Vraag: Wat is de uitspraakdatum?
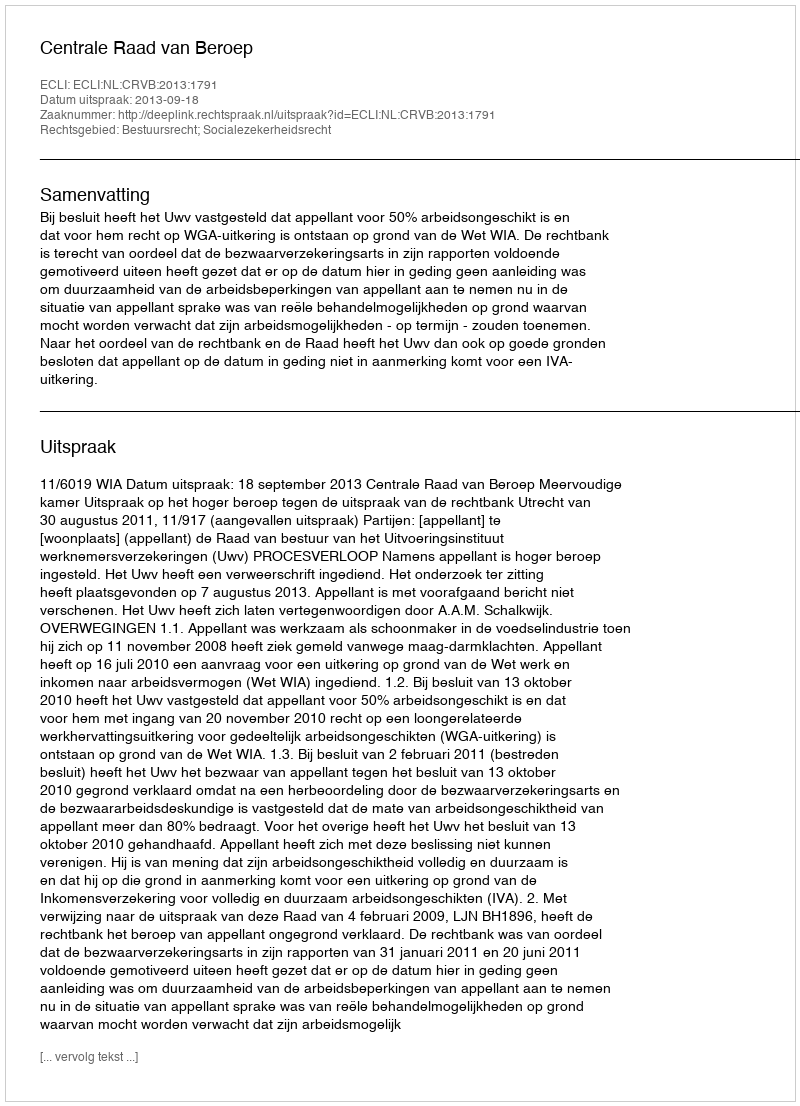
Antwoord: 2013-09-18